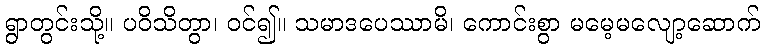
ရွာတွင်းသို့။ ပဝိသိတွာ၊ ဝင်၍။ သမာဒပေဿာမိ၊ ကောင်းစွာ မမေ့မလျော့ဆောက်